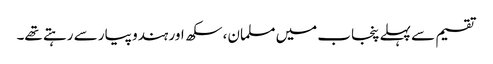
تقسیم سے پہلے پنجاب میں مسلمان، سکھ اور ہندو پیار سے رہتے تھے۔